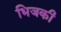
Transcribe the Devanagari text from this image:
भिजकी